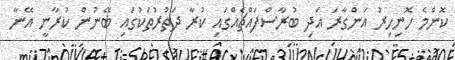
ކޮންމެ ހޮނިހިރު އަންގާރަ އަދި ބުރާސްފައްޗެއްގައި ކުރާ ދަތުރުތަކުގައި ބޭނުން ކުރާނީ އޭނާ